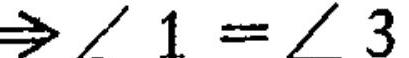
$\Rightarrow\angle 1=\angle 3$